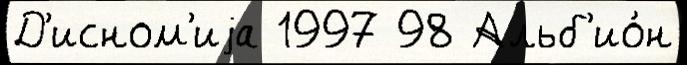
Д'исном'иjа 1997 98 Альб'ио́н